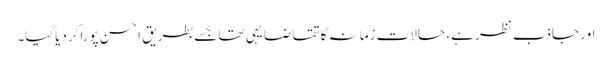
اور جاذب نظر ہے، حالات زمانہ کا تقاضا یہی تھاجسے بطریقِ احسن پوراکردیاگیا۔